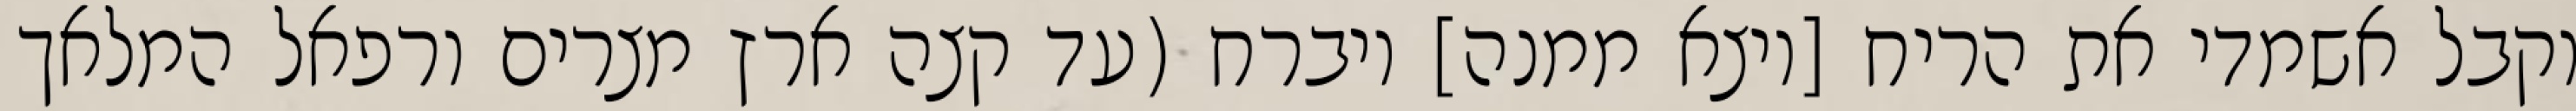
וקבל אשמדי את הריח [ויצא ממנה] ויברח (עד קצה ארץ מצרים ורפאל המלאך